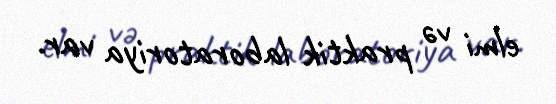
elmi və praktik laboratoriya var.